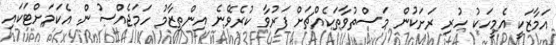
އަމާޒަކީ އެމީހަކު ހުރި ރަށަކުން މަސްތުވާތަކެއްޗަށް ފަރުވާ ކުރެވޭނެ އިންތިޒާމު ހަމަޖެއްސުން. އެކަމަށްޓަކައި